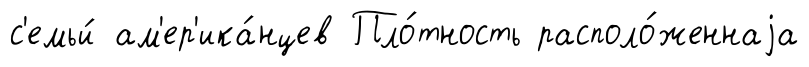
с'емьи́ ам'ер'ика́нцев Пло́тность располо́женнаjа